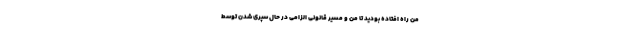
من راه افتاده بودید تا من و مسیر قانونی الزامی در حال سپری شدن توسط